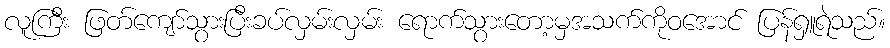
လူကြီး ဖြတ်ကျော်သွားပြီးခပ်လှမ်းလှမ်း ရောက်သွားတော့မှအသက်ကိုဝအောင် ပြန်ရှူရဲသည်။